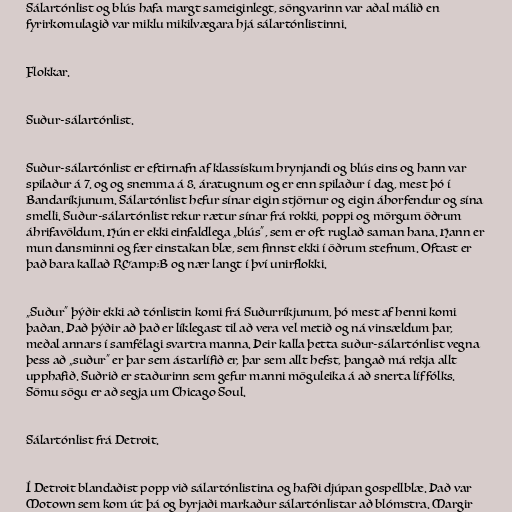
Sálartónlist og blús hafa margt sameiginlegt, söngvarinn var aðal málið en
fyrirkomulagið var miklu mikilvægara hjá sálartónlistinni.

Flokkar.

Suður-sálartónlist.

Suður-sálartónlist er eftirnafn af klassískum hrynjandi og blús eins og hann var
spilaður á 7. og og snemma á 8. áratugnum og er enn spilaður í dag, mest þó í
Bandaríkjunum. Sálartónlist hefur sínar eigin stjörnur og eigin áhorfendur og sína
smelli. Suður-sálartónlist rekur rætur sínar frá rokki, poppi og mörgum öðrum
áhrifavöldum. Hún er ekki einfaldlega „blús“, sem er oft ruglað saman hana. Hann er
mun dansminni og fær einstakan blæ, sem finnst ekki í öðrum stefnum. Oftast er
það bara kallað R&amp;B og nær langt í því unirflokki.

„Suður“ þýðir ekki að tónlistin komi frá Suðurríkjunum, þó mest af henni komi
þaðan. Það þýðir að það er líklegast til að vera vel metið og ná vinsældum þar,
meðal annars í samfélagi svartra manna. Þeir kalla þetta suður-sálartónlist vegna
þess að „suður“ er þar sem ástarlífið er, þar sem allt hefst, þangað má rekja allt
upphafið. Suðrið er staðurinn sem gefur manni möguleika á að snerta líf fólks.
Sömu sögu er að segja um Chicago Soul.

Sálartónlist frá Detroit.

Í Detroit blandaðist popp við sálartónlistina og hafði djúpan gospellblæ. Það var
Motown sem kom út þá og byrjaði markaður sálartónlistar að blómstra. Margir